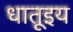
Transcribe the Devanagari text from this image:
धातूइय